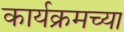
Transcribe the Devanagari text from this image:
कार्यक्रमच्या